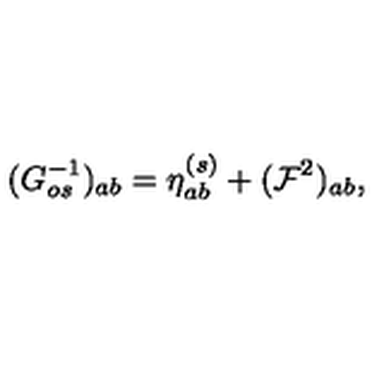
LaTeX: ( G _ { o s } ^ { - 1 } ) _ { a b } = \eta _ { a b } ^ { ( s ) } + ( { \cal F } ^ { 2 } ) _ { a b } ,